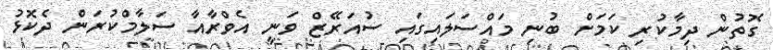
ގޮތުން ދިމާކުރި ކަމަށް ބުނި މައްސަލައިގައި ސުއަރޭޒް ވަނީ އެވްރާއާ ސަލާމްކުރަން ދެކޮޅު